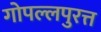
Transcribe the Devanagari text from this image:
गोपल्लपुरत्त